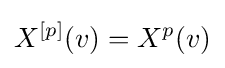
X^{[p]}(v)=X^{p}(v)